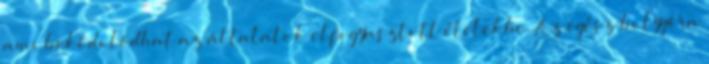
ami bekódolódhat az általatok elfogyasztott ételekbe. Az egész bolygóra